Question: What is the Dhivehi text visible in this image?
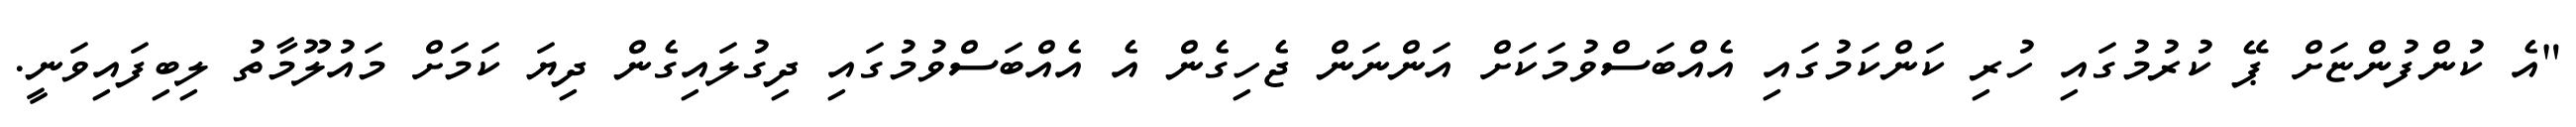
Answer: "އެ ކުންފުންޏަށް ޕޭ ކުރުމުގައި ހުރި ކަންކަމުގައި އެއްބަސްވުމަކަށް އަންނަން ޖެހިގެން އެ އެއްބަސްވުމުގައި ދިގުލައިގެން ދިޔަ ކަމަށް މައުލޫމާތު ލިބިފައިވަނީ.